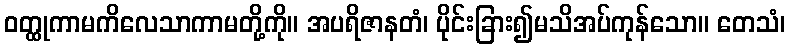
ဝတ္ထုကာမကိလေသာကာမတို့ကို။ အပရိဇာနတံ၊ ပိုင်းခြား၍မသိအပ်ကုန်သော။ တေသံ၊